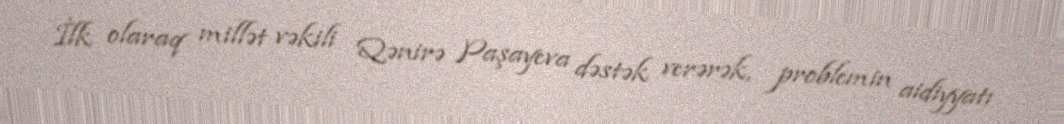
İlk olaraq millət vəkili Qənirə Paşayeva dəstək verərək, problemin aidiyyatı